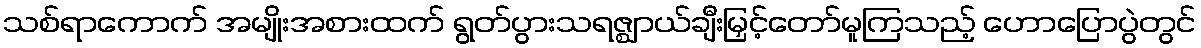
သစ်ရာကောက် အမျိုးအစားထက် ရွတ်ပွားသရဇ္ဈာယ်ချီးမြှင့်တော်မူကြသည့် ဟောပြောပွဲတွင်